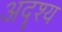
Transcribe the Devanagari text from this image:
अदॄश्य